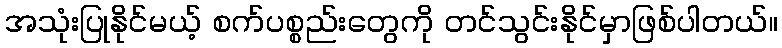
အသုံးပြုနိုင်မယ့် စက်ပစ္စည်းတွေကို တင်သွင်းနိုင်မှာဖြစ်ပါတယ်။